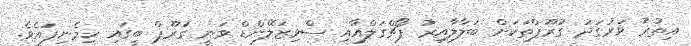
އިތުރު ވަރުގަދަ ގުރޫޕްތަކަށް ބަލާލާއިރު ޕޯޗްގަލްއާއި ސްވިޒަލޭންޑް ވަނީ ގުރޫޕް ބީގައި ހިމެނިފައެވެ.